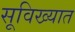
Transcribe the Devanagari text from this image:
सूविख्यात